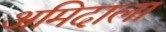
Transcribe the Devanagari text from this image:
अमिदाला